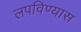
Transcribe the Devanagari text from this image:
लपविण्यास